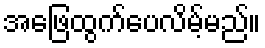
အဖြေထွက်ပေလိမ့်မည်။